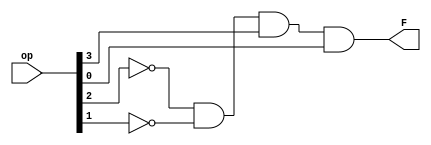
module and_SW_type(op,F);
input [3:0] op;
output F;
wire a,b,c;

not(a,op[2]);
not(b,op[1]);
and(F,a,b,op[3],op[0]);
endmodule